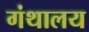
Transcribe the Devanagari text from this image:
गंथालय